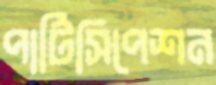
পার্টিসিপেশন